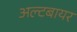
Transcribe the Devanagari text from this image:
अल्टबायर